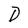
Character: D